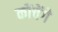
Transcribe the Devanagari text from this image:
कोंचेंगे